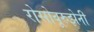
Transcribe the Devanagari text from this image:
रोसोवूरुझेनी